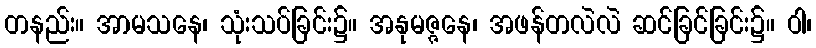
တနည်း။ အာမသနေ၊ သုံးသပ်ခြင်း၌။ အနုမဇ္ဇနေ၊ အဖန်တလဲလဲ ဆင်ခြင်ခြင်း၌။ ဝါ၊